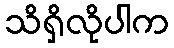
သိရှိလိုပါက